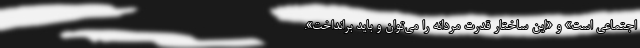
اجتماعی است» و «این ساختار قدرت مردانه را می‌توان و باید برانداخت».